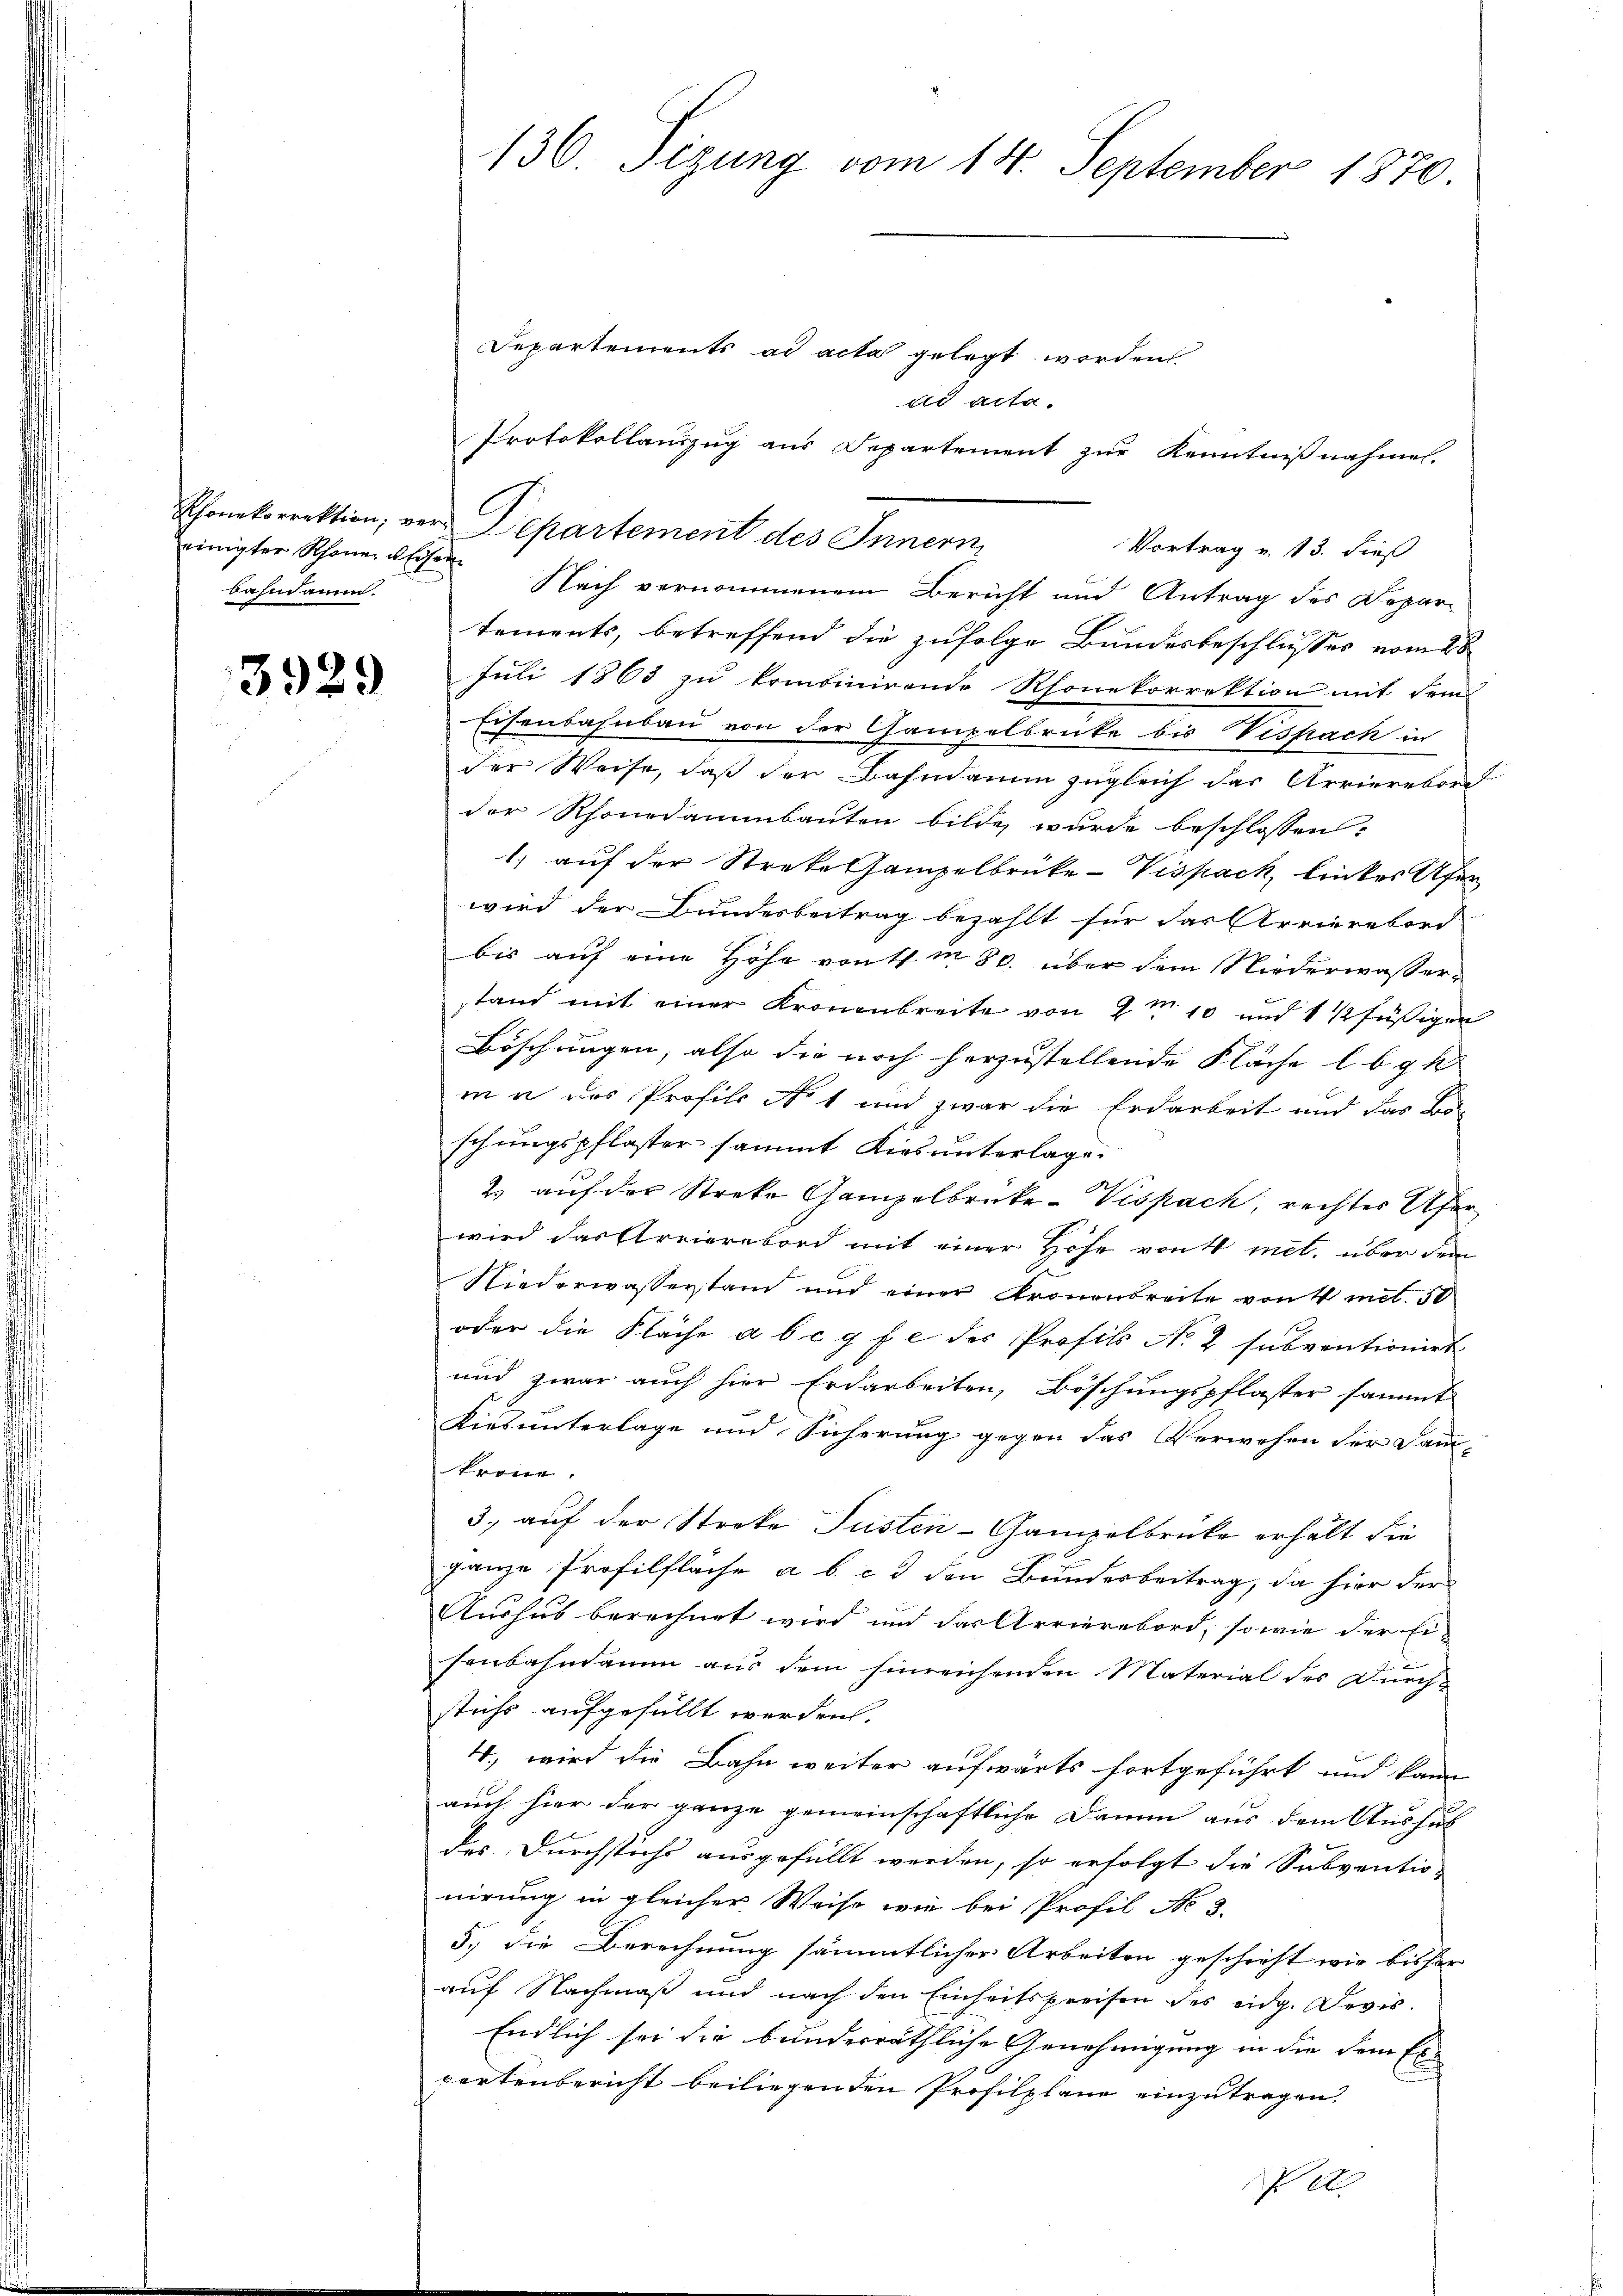
einigter Schönen u. Eisen
bahndamm.

3929

136. Sizung vom 14. September 1870

Departements ad acta gelegt worden
Al
Acta.
Protokollauszug aus Departement zur Kenntnißnahmen.
Rhonekorrektion, vor Departement des Innern,
Vortrag v. 13. dieß
Nach vernommenem Bericht und Antrag des Depar-
tements, betreffend die zufolge Bundesbeschlusses vom 28
Juli 1863 zu kombinirende Rhonekorrektion mit dem
Eisenbahnbau von der Gampelbrücke bis Vispach in
der Weise, daß der Bahndamm zugleich das Arrierebord
der Rhonedammbauten bilde wurde beschlossen:
1) auf der Streke Gampelbrüke-Vispack, linkes Ufer
wird der Bundesbeitrag bezahlt für das Arrierebord
bis auf eine Höhe von 1m 80. über dem Niederwasser-
stand mit einer Kronenbreite von 2m 10 und 1 1/2 füßigen
Böschungen, also die noch herzustellende Fläche lb g
mn das Profils No 1 und zwar die Erdarbeit und das Bo
schungspflaster sammt Kiesunterlage.
2 auf der Streke Gampelbrüke-Vispach, rechter Ufer
wird das Areierbord mit einer Höfe von 4 mit, über dem
Niederwasserstand und einer Kronenbreite von 4 met. 50
oder die Fläche a b c g f e des Profils No 2 subventionirt
und zwar auch hier Erdarbeiten, Böschungspflaster sammt
Kirsunterlage und Sicherung gegen das Verwesen der Samm-
krone,
3. auf der Streke Jüsten-Gampelbrücke erhält die
ganze Profilflache a b. c. den Bundesbeitrag, da hier der
Aushub berechnet wird und das Arrierebord, sowie der Ei-
senbahndamm aus dem hinreichenden Material des Durch-
stichs aufgefüllt werden.
4., wird die Bahn weiter aufwärts fortgeführt und kann
auch hier der ganze gemeinschaftliche Damm aus dem Aushub
der Durchstichs ausgefüllt werden, so erfolgt die Subventio-
nirung in gleicher Weise wie bei Profil No 3.
5, die Berechnung sämmtlicher Arbeiten geschieht wir bisher
auf Nachmaß und nach den Einheitspreisen des eidg. Devis
Endlich sei die bunderräthliche Genehmigung in die dem Ex-
partenbericht beiliegenden Profilplane einzutragen.
P A